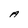
Character: A